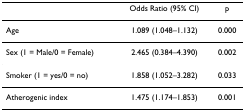
|  | Odds Ratio (95% CI) | p |
 | --- | --- | --- |
 | Age | 1.089 (1.048–1.132) | 0.000 |
 | Sex (1 = Male/0 = Female) | 2.465 (0.384–4.390) | 0.002 |
 | Smoker (1 = yes/0 = no) | 1.858 (1.052–3.282) | 0.033 |
 | Atherogenic index | 1.475 (1.174–1.853) | 0.001 |